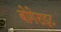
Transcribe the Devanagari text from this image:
बोगेराइट